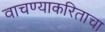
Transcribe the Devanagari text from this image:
वाचण्याकरिताचा